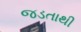
જડતાથી